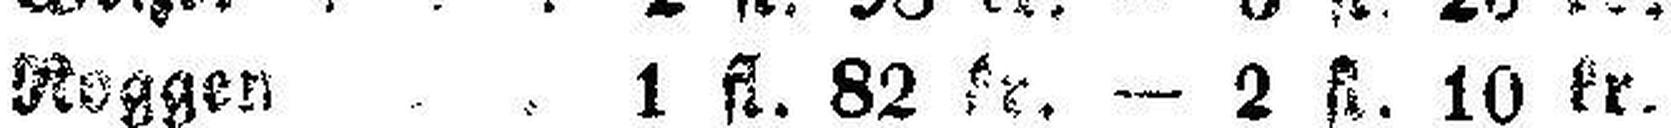
Roggen . . . 1 fl. 82 kr. — 2 fl. 10 kr.